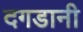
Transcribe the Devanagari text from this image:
दगडानी